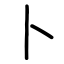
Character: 卜